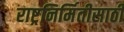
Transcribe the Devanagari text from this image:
राष्ट्रनिर्मितीसाठी